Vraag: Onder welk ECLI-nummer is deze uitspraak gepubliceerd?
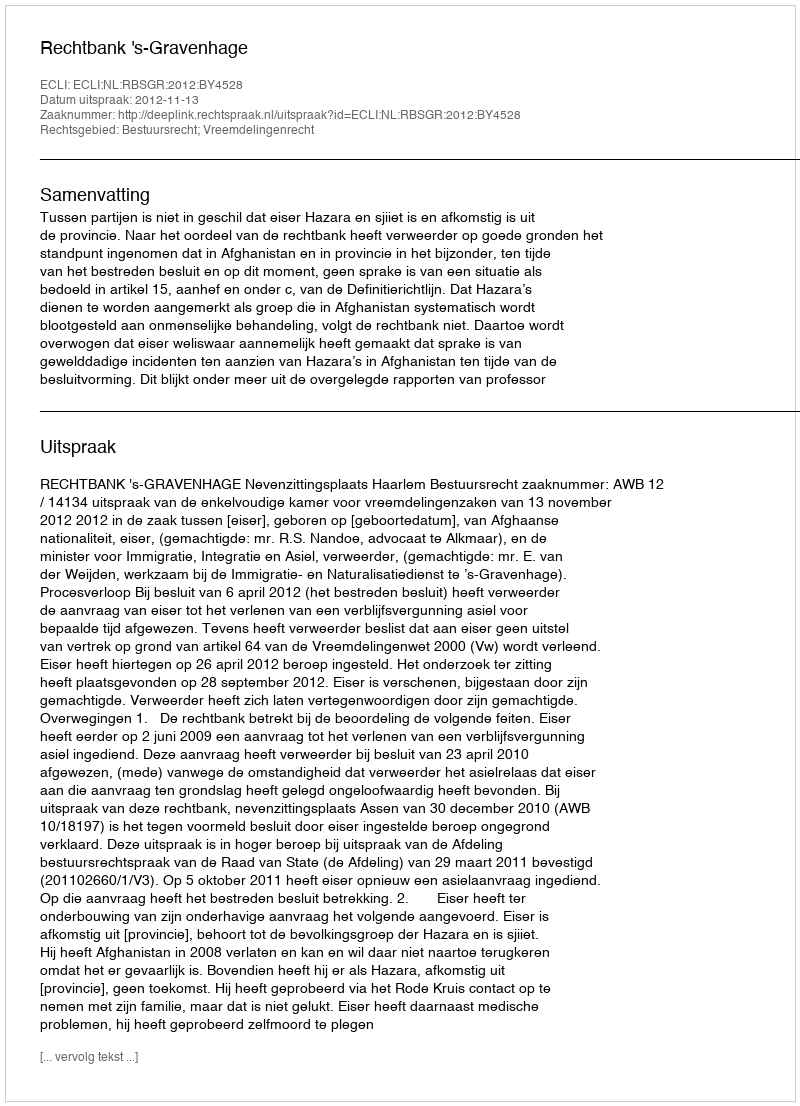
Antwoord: ECLI:NL:RBSGR:2012:BY4528